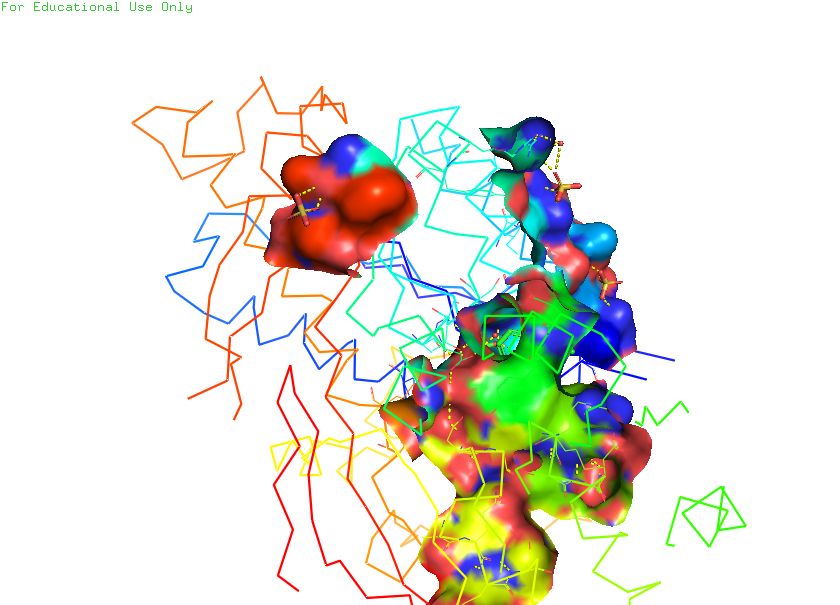
pymol, preset, ligand_sites